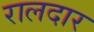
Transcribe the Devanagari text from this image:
रालदार